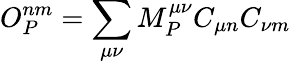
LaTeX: O_{P}^{nm}=\sum_{\mu\nu}M_{P}^{\mu\nu}C_{\mu n}C_{\nu m}